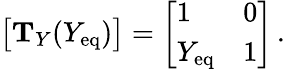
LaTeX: \big[\mathrm{\mathbf{T}}_{Y}(Y_{\mathrm{eq}})\big]=\left[\begin{array}{ll}{1}&{0}\\ {Y_{\mathrm{eq}}}&{1}\end{array}\right]\, .